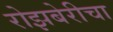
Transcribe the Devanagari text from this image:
रोझबेरीचा